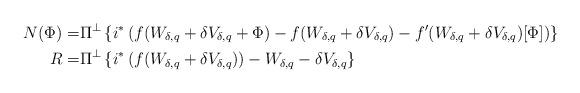
LaTeX: \begin{align*}N(\Phi)= & \Pi^{\bot}\left\{ i^{*}\left(f(W_{\delta,q}+\delta V_{\delta,q}+\Phi)-f(W_{\delta,q}+\delta V_{\delta,q})-f'(W_{\delta,q}+\delta V_{\delta,q})[\Phi]\right)\right\} \\R= & \Pi^{\bot}\left\{ i^{*}\left(f(W_{\delta,q}+\delta V_{\delta,q})\right)-W_{\delta,q}-\delta V_{\delta,q}\right\} \end{align*}